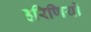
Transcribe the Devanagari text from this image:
हरिणियों